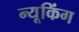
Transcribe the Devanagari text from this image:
न्यूकिंग